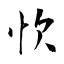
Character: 忺